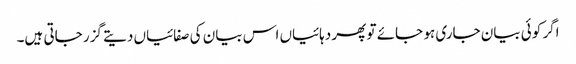
اگر کوئی بیان جاری ہو جائے تو پھر دہائیاں اس بیان کی صفائیاں دیتے گزر جاتی ہیں۔